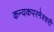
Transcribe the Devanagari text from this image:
कन्‍यकपरमेश्‍वरी